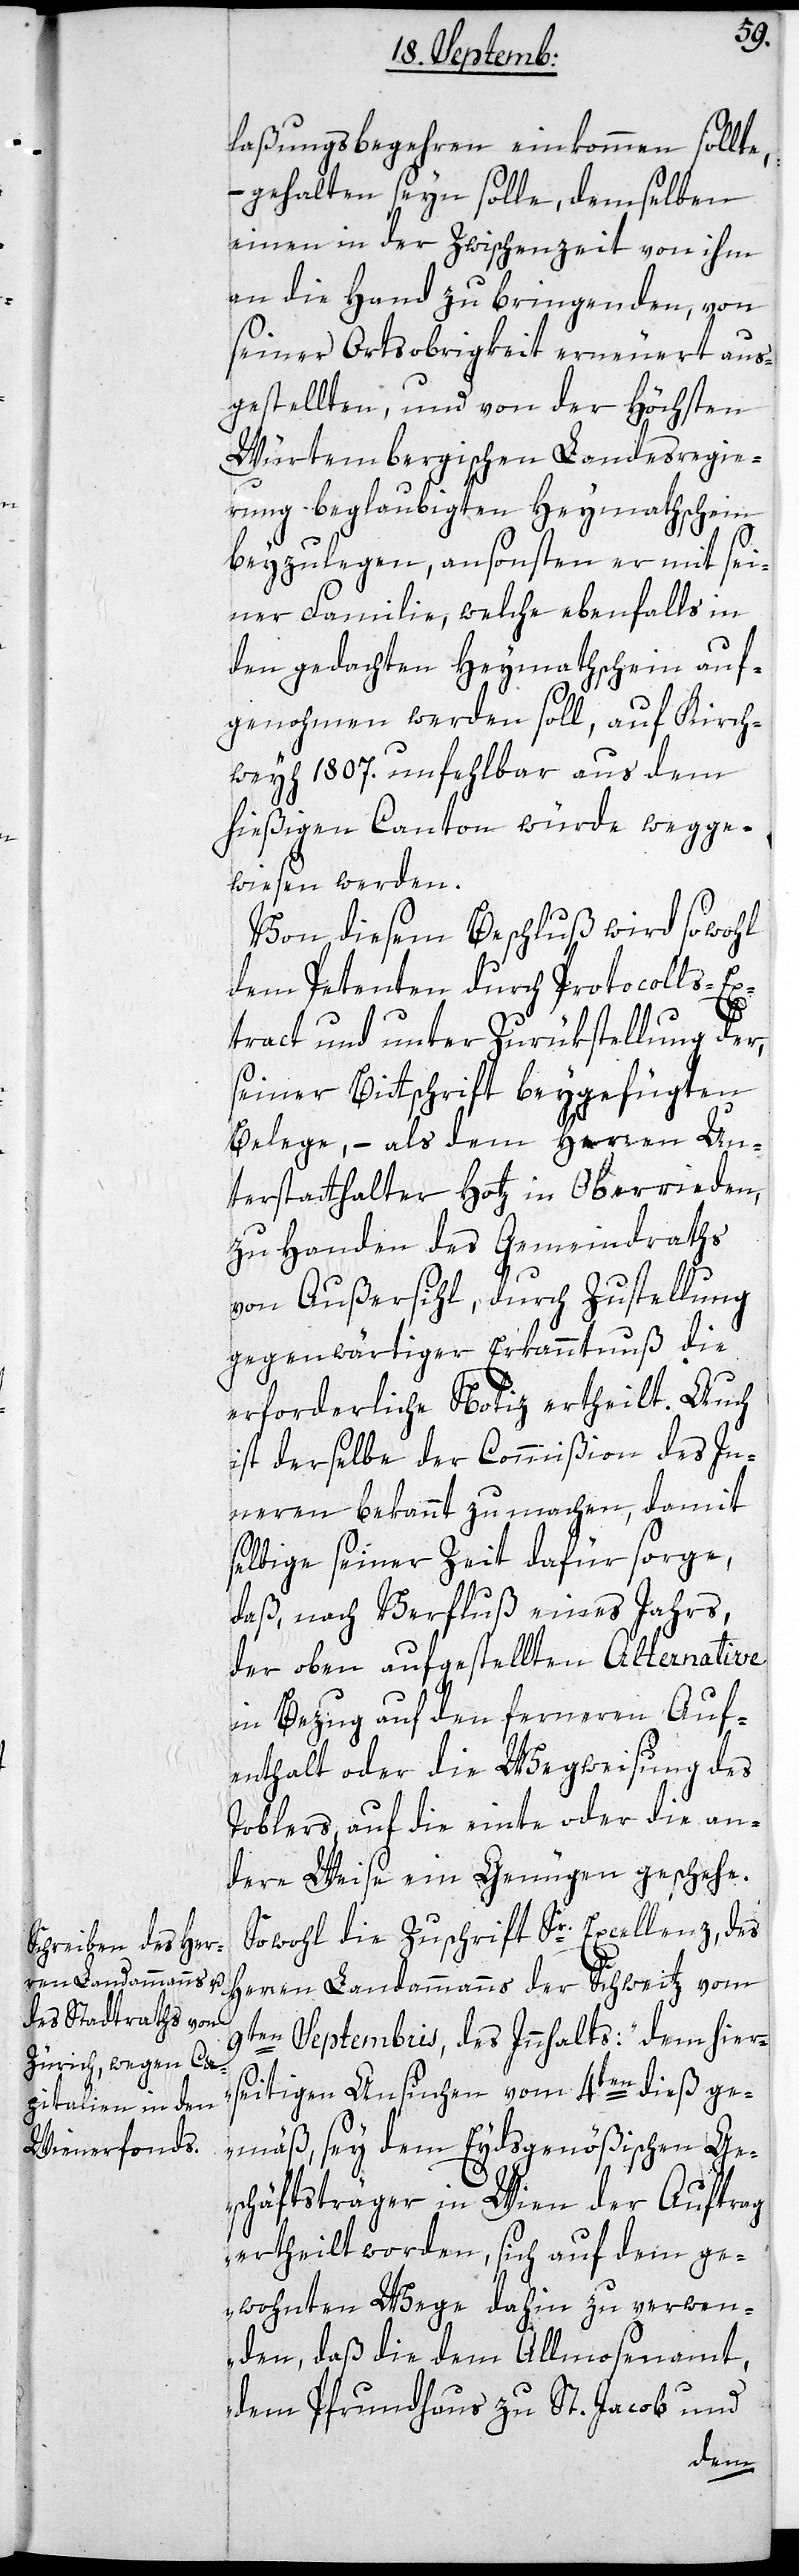
laßungs-Begehren einkommen sollte,
– gehalten seyn sollte, demselben
einen in der Zwischenzeit von ihm
an die Hand zu bringenden, von
seiner Ortsobrigkeit erneuert aus¬
gestellten, und von der Höchsten
Würtembergischen Landesregie¬
rung beglaubigten Heymathschein
beyzulegen, ansonsten er mit sei¬
ner Familie, welche ebenfalls in
den gedachten Heymathschein auf¬
genohmen werden soll; auf Kirch¬
weyh 1807. unfehlbar aus dem
hießigen Canton würde wegge¬
wiesen werden.
Von diesem Beschluß wird sowohl
dem Petenten durch Protocolls-Ex¬
tract und unter Zurükstellung der,
seiner Bittschrift beygefügten
Belege, – als dem Herren Un¬
terstatthalter Hotz in Oberrieden,
zu Handen des Gemeindraths
von Außersihl, durch Zustellung
gegenwärtiger Erkanntnuß die
erforderliche Notiz ertheilt. Auch
ist derselbe der Commißion des In¬
nern bekannt zu machen, damit
selbige seiner Zeit dafür sorge,
daß nach Verfluß eines Jahrs,
der oben aufgestellten Alternative,
in Bezug auf den ferneren Auf¬
enthalt oder die Wegweisung des
Toblers, auf die einte oder die an¬
dere Weise ein Genügen geschehe.
Sowohl die Zuschrift Sr. Excellenz des
Herren Landammanns der Schweitz vom
9ten Septembris, des Innhalts: „Dem hier¬
seitigen Ansuchen vom 4ten dieß ge¬
mäß, sey dem Eydsgenößischen Ge¬
schäftsträger in Wien der Auftrag
ertheilt worden, sich auf dem ge¬
wohnten Wege dahin zu verwen¬
den, daß die dem Allmosenamt,
dem Pfrundhaus zu St. Jacob und